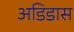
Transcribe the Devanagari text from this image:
अडिडास